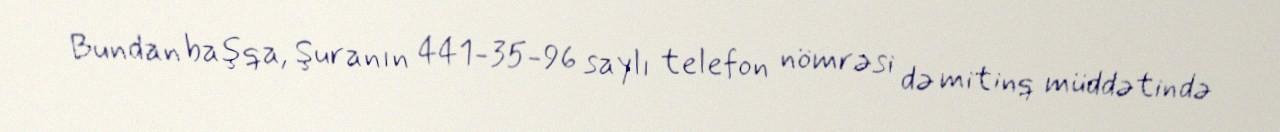
Bundan başqa, Şuranın 441-35-96 saylı telefon nömrəsi də mitinq müddətində